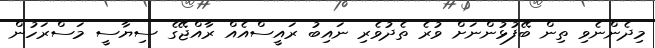
މިދެންނެވި ތިން ބޭފުޅުންނަށް ވުރެ ތެދުވެރި ނައިބު ރައީސްއެއް ރާއްޖޭގެ ސިޔާސީ މަސްރަހުން